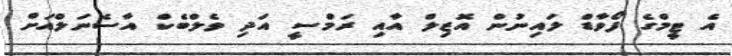
އެ ޓީމްގެ ފޯވާޑް ލައިނުން އޮޒިލް އާއި ރަމްސީ އަދި ވެލްބެކް އާސެނަލްއަށް